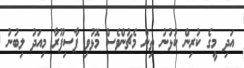
އަދި މީގެ ކުރިން ކުޅުނު ތިން މެޗުންވެސް މޮޅުވި ޕާސިޕޫރާ މިއަދު ލިބުނު